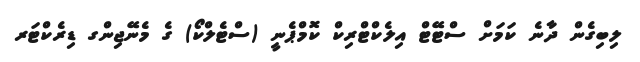
ލިބިގެން ދާނެ ކަމަށް ސްޓޭޓް އިލެކްޓްރިކް ކޮމްޕެނީ (ސްޓެލްކޯ) ގެ މެނޭޖިންގ ޑިރެކްޓަރ